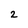
Character: 2